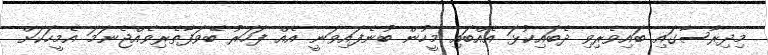
މިދިރާސާގައި ބައިވެރިވި ދެބައިކުޅަ އެއްބައި މީހުން ބުނެފައިވަނީ އެއް ފަހަރު ބޭވަފާތެރިވެއްޖެނަމަ އެމީހަކަށް